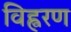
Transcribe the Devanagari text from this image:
विह्वरण